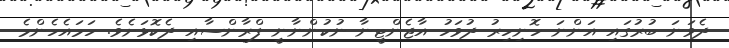
ދެވަނަ ބުރުގައި އަންނަ ހޮނިހިރު ދުވަހު އާޖެންޓީނާ ނުކުންނާނީ ފްރާންސާއި ދެކޮޅަށެވެ. ހަމައެހެންމެ